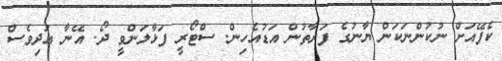
ކެފޭއަށް ނުކުންނަކަން ޔާނުގެ ފަރާތުން އަޑުއެހިން. ސްޓޯރީ ފަޅާލަންވީ ދޯ. އޭނާ އަދިވެސް